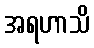
အရဟာသိ